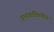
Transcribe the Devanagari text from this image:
प्रभावांविषयीचे